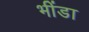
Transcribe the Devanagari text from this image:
भींडा